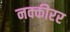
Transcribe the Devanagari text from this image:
नक्कीरर